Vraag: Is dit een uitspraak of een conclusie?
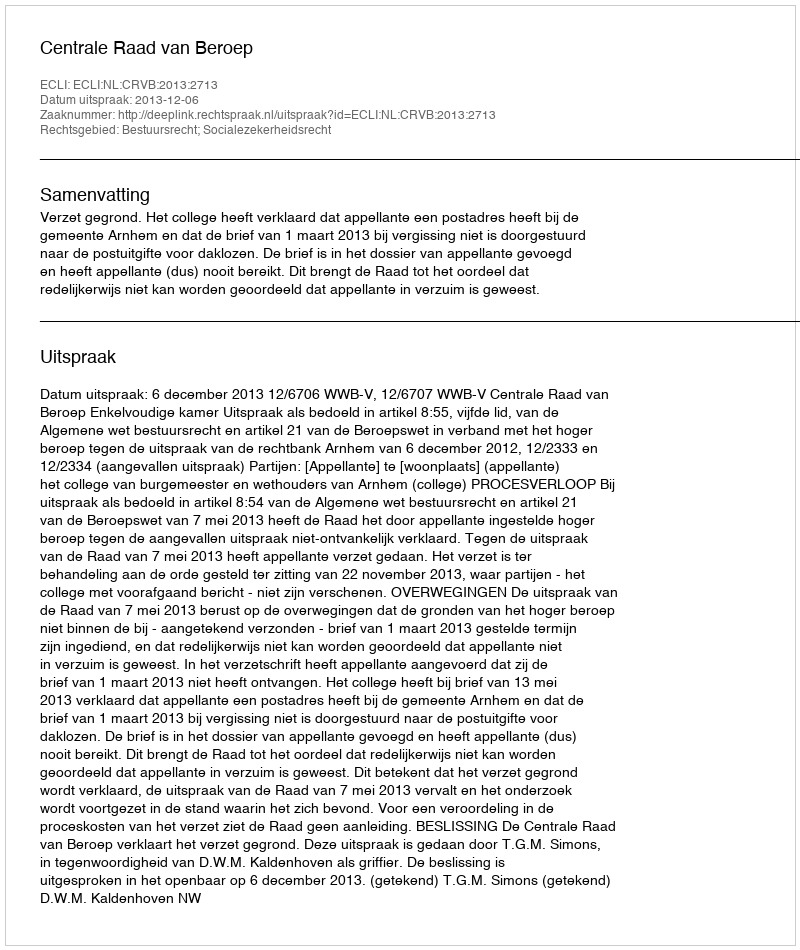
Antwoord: Uitspraak